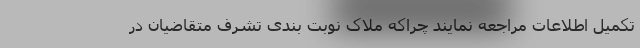
تکمیل اطلاعات مراجعه نمایند چراکه ملاک نوبت بندی تشرف متقاضیان در